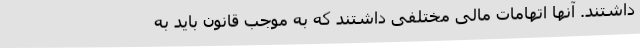
داشتند. آنها اتهامات مالی مختلفی داشتند که به موجب قانون باید به